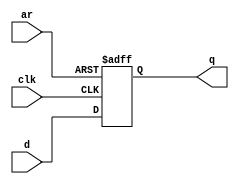
module top_module (
    input clk,
    input d, 
    input ar,   // asynchronous reset
    output q);
    always@(posedge clk, posedge ar)
        if(ar)
            q<=1'b0;
    else
        q<=d;
endmodule